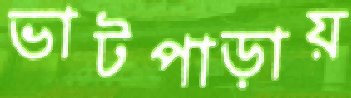
ভাটপাড়ায়